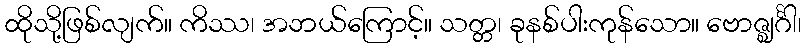
ထိုသို့ဖြစ်လျက်။ ကိဿ၊ အဘယ်ကြောင့်။ သတ္တ၊ ခုနစ်ပါးကုန်သော။ ဗောဇ္ဈင်္ဂါ၊